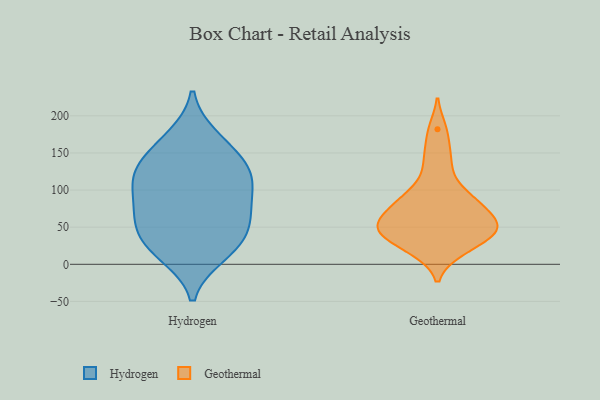
{"axis": {"x": "Energy Usage (MWh)", "y": "Value"}, "legend": ["Geothermal", "Hydrogen"], "data": [{"x": "", "y": 75, "type": "Hydrogen"}, {"x": "", "y": 21, "type": "Hydrogen"}, {"x": "", "y": 61, "type": "Hydrogen"}, {"x": "", "y": 115, "type": "Hydrogen"}, {"x": "", "y": 96, "type": "Hydrogen"}, {"x": "", "y": 163, "type": "Hydrogen"}, {"x": "", "y": 128, "type": "Hydrogen"}, {"x": "", "y": 118, "type": "Hydrogen"}, {"x": "", "y": 140, "type": "Hydrogen"}, {"x": "", "y": 119, "type": "Hydrogen"}, {"x": "", "y": 73, "type": "Hydrogen"}, {"x": "", "y": 53, "type": "Hydrogen"}, {"x": "", "y": 22, "type": "Hydrogen"}, {"x": "", "y": 171, "type": "Hydrogen"}, {"x": "", "y": 41, "type": "Hydrogen"}, {"x": "", "y": 13, "type": "Hydrogen"}, {"x": "", "y": 48, "type": "Geothermal"}, {"x": "", "y": 19, "type": "Geothermal"}, {"x": "", "y": 151, "type": "Geothermal"}, {"x": "", "y": 59, "type": "Geothermal"}, {"x": "", "y": 47, "type": "Geothermal"}, {"x": "", "y": 98, "type": "Geothermal"}, {"x": "", "y": 52, "type": "Geothermal"}, {"x": "", "y": 47, "type": "Geothermal"}, {"x": "", "y": 79, "type": "Geothermal"}, {"x": "", "y": 35, "type": "Geothermal"}, {"x": "", "y": 128, "type": "Geothermal"}, {"x": "", "y": 67, "type": "Geothermal"}, {"x": "", "y": 82, "type": "Geothermal"}, {"x": "", "y": 182, "type": "Geothermal"}, {"x": "", "y": 42, "type": "Geothermal"}, {"x": "", "y": 18, "type": "Geothermal"}, {"x": "", "y": 90, "type": "Geothermal"}]}